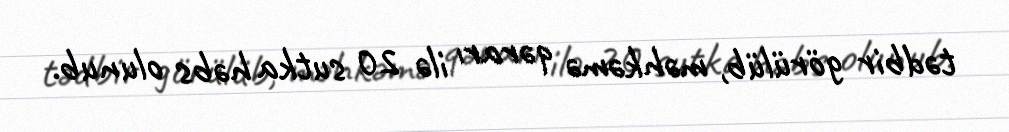
tədbir görülüb, məhkəmə qərarı ilə 20 sutka həbs olunub.